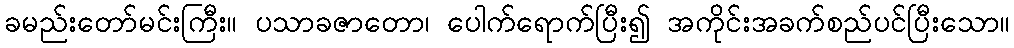
ခမည်းတော်မင်းကြီး။ ပသာခဇာတော၊ ပေါက်ရောက်ပြီး၍ အကိုင်းအခက်စည်ပင်ပြီးသော။